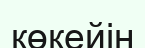
көкейін